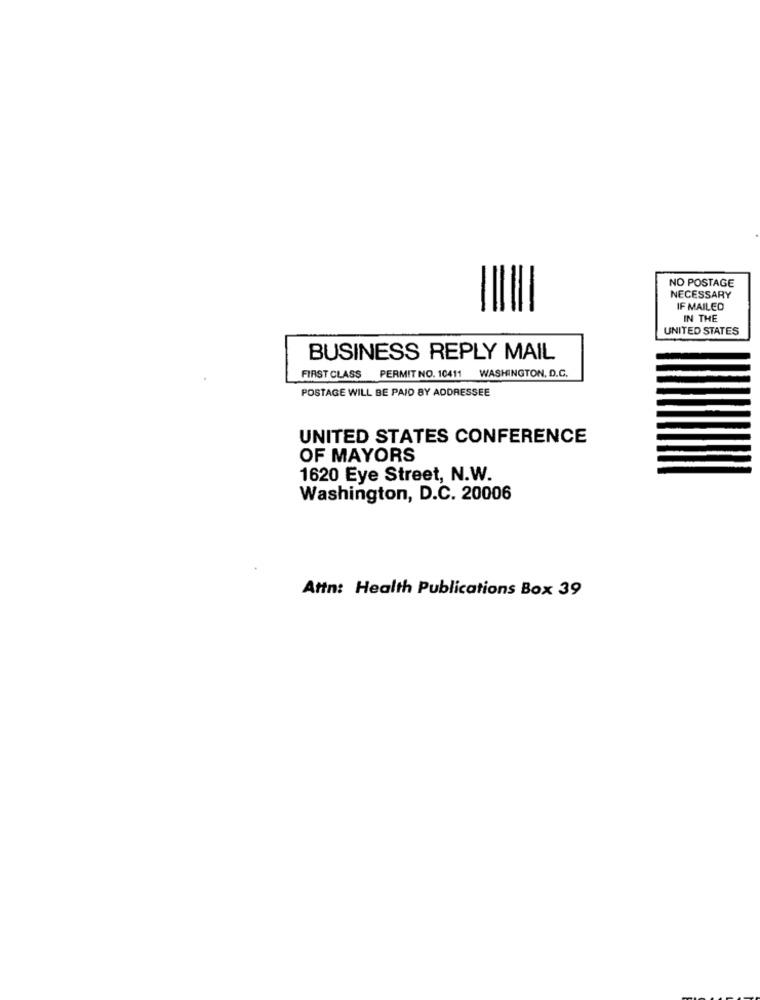
NO POSTAGE
NECESSARY
IF MAILED
IN THE
UNITED STATES
BUSINESS REPLY MAIL
FIRST CLASS PERMIT NO. 10411 WASHINGTON, D.C.
POSTAGE WILL BE PAID BY ADDRESSEE
UNITED STATES CONFERENCE
OF MAYORS
1620 Eye Street, N.W.
Washington, D.C. 20006
Attn: Health Publications Box 39